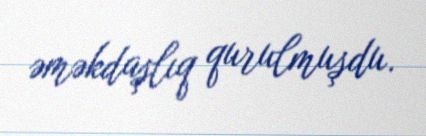
əməkdaşlıq qurulmuşdu.